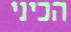
הכיני